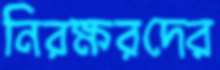
নিরক্ষরদের